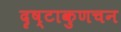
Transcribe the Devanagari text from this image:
दृष्टाकुणचन